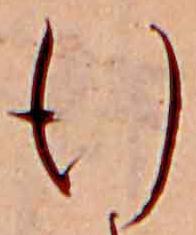
行